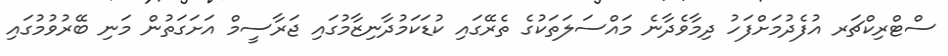
ސްޓްރިކްޗަރ އުފެދުމަށްފަހު ދިމާވެދާނެ މައްސަލަތަކުގެ ތެރޭގައި ކުޑަކަމުދާނިޒާމުގައި ޖަރާސީމް އަށަގަތުން މަނި ބޭރުވުމުގައި